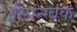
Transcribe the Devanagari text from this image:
स्प्रिन्ग्बंक